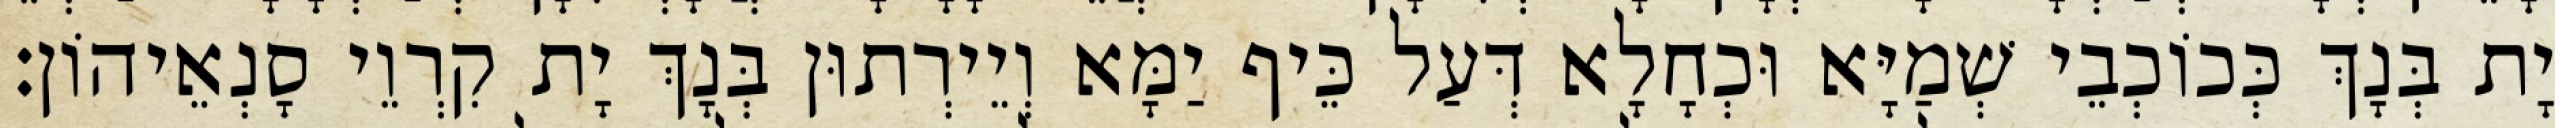
יָת בְּנָךְ כְּכוֹכְבֵי שְׁמַיָּא וּכְחָלָא דְּעַל כֵּיף יַמָּא וְיֵירְתוּן בְּנָךְ יָת קִרְוֵי סָנְאֵיהוֹן׃